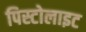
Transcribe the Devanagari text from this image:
पिस्टोलाइट